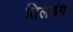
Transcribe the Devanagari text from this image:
तिलडंगा